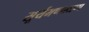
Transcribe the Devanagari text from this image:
सूर्यमण्डलरूप